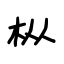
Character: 枞